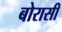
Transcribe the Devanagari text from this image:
बोरासी